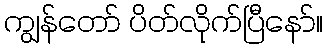
ကျွန်တော် ပိတ်လိုက်ပြီနော်။